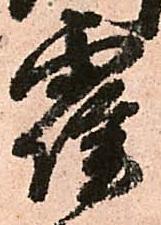
霍